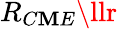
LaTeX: R_{C\mathbf{M}E}\llr